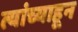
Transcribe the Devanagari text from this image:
त्यांच्याहून